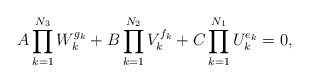
LaTeX: \begin{align*}A \prod_{k=1}^{N_3} W_k^{g_k} + B \prod_{k=1}^{N_2} V_k^{f_k} + C \prod_{k=1}^{N_1} U_k^{e_k} = 0,\end{align*}